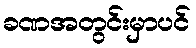
ခဏအတွင်းမှာပင်